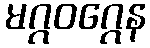
မဂ္ဂဝဂ္ဂေန